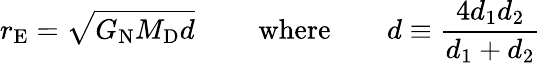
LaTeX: r_{\mathrm{E}}=\sqrt{G_{\mathrm{N}}M_{\mathrm{D}}d}\mathrm{\qquad~where\qquad}d\equiv\frac{4d_{1}d_{2}}{d_{1}+d_{2}}